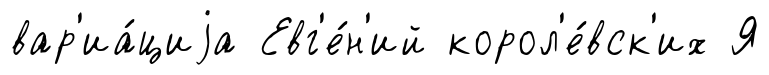
вар'иа́циjа Евг'е́н'ий корол'е́вск'их Я